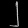
Digit: ၂